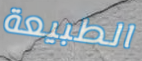
الطبيعة